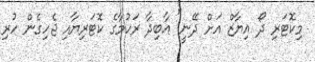
މިކޮޓަރި ދޯ އިޔާޒް އަށް ދޭނީ" އާބިދާ ރަހުމާގެ ކޮޓަރިޔާއި ޖެހިގެން ހުރި